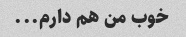
خوب من هم دارم...